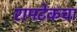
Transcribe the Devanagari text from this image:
रामटेकचा